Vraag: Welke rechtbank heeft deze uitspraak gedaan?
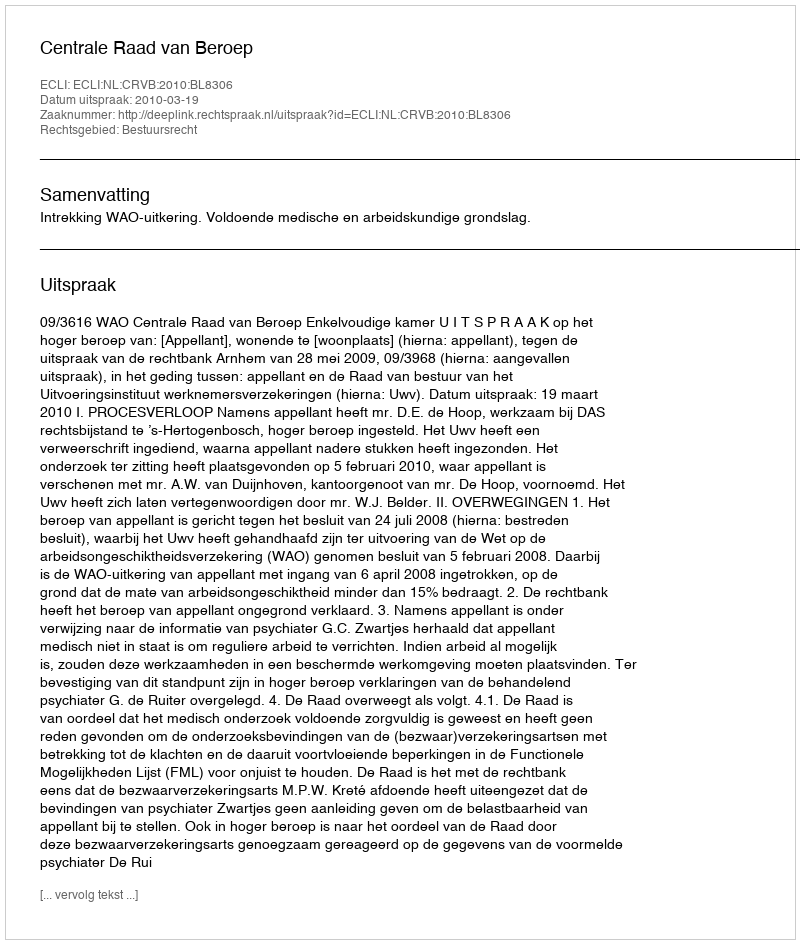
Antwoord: Centrale Raad van Beroep